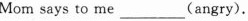
Mom says to me ___ (angry).